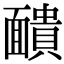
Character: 靧